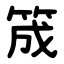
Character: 筬